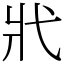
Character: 𢍿